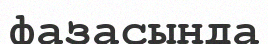
фазасында